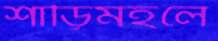
শাড়িমহলে